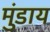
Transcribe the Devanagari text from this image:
मुंडाय